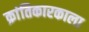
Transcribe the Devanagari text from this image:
क्रांतिकारकाला